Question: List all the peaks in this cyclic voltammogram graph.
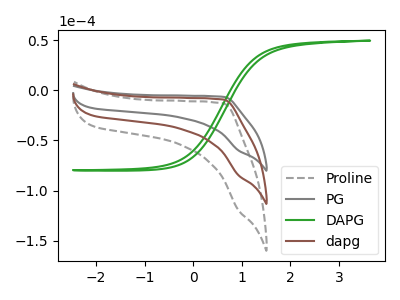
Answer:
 <answer>The gray dashed curve "Proline" has no peaks. The gray curve "PG" has no peaks. The green curve "DAPG" has no peaks. The brown curve "dapg" has no peaks.</answer>
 <eval></eval>